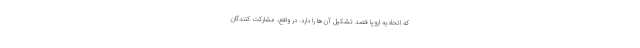
که اتحادیه اروپا قصد تشکیل آن‌ها را دارد. در واقع، مشارکت کنندگان